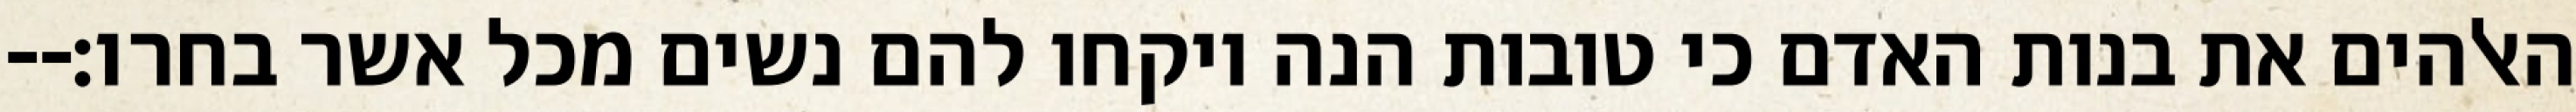
האלהים את בנות האדם כי טובות הנה ויקחו להם נשים מכל אשר בחרו׃--